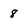
Character: 8